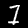
Label: 7